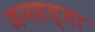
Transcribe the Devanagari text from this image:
जनसत्‍ता